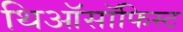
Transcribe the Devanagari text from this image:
थिऑसॉफिस्ट